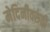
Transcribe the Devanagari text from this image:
मेदिनीवरुती